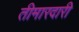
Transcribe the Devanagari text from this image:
तीमारदारी